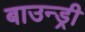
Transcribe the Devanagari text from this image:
बाउन्ड्री